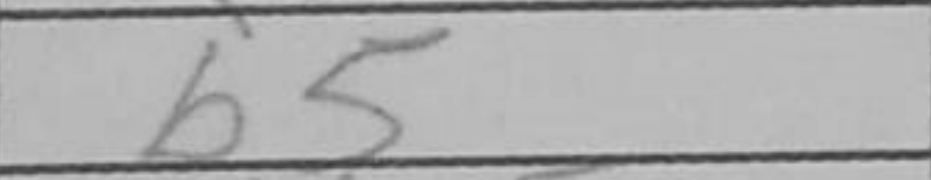
Transcription: b5